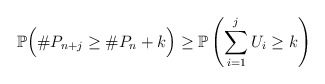
\begin{align*} \mathbb{P}\Big(\#P_{n+j} \geq \# P_{n} + k \Big) \geq \mathbb{P}\left( \sum_{i = 1}^j U_i \geq k \right)\end{align*}